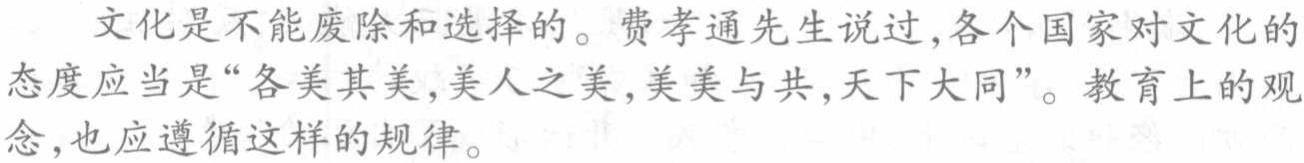
文化是不能废除和选择的。费孝通先生说过,各个国家对文化的态度应当是“各美其美,美人之美,美美与共,天下大同”。教育上的观念,也应遵循这样的规律。